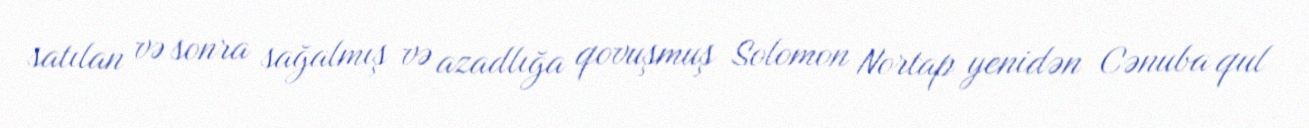
satılan və sonra sağalmış və azadlığa qovuşmuş Solomon Nortap yenidən Cənuba qul